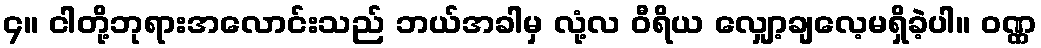
၄။ ငါတို့ဘုရားအလောင်းသည် ဘယ်အခါမှ လုံ့လ ဝီရိယ လျှော့ချလေ့မရှိခဲ့ပါ။ ဝဏ္ဏ